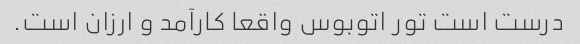
درست است تور اتوبوس واقعا کارآمد و ارزان است.